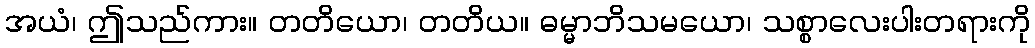
အယံ၊ ဤသည်ကား။ တတိယော၊ တတိယ။ ဓမ္မာဘိသမယော၊ သစ္စာလေးပါးတရားကို